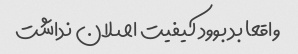
واقعا بد بوود کیفیت اصلان نداشت